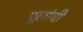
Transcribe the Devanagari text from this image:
पूलांची